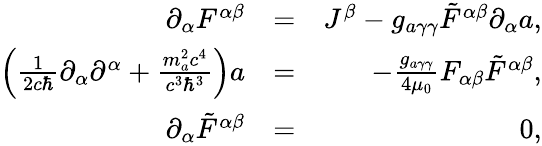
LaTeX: \begin{array}{rlr}{\partial_{\alpha}F^{\alpha\beta}}&{=}&{J^{\beta}-g_{a\gamma\gamma}\tilde{F}^{\alpha\beta}\partial_{\alpha}a,}\\ {\left(\frac{1}{2c\hbar}\partial_{\alpha}\partial^{\alpha}+\frac{m_{a}^{2}c^{4}}{c^{3}\hbar^{3}}\right)a}&{=}&{-\frac{g_{a\gamma\gamma}}{4\mu_{0}}F_{\alpha\beta}\tilde{F}^{\alpha\beta},}\\ {\partial_{\alpha}\tilde{F}^{\alpha\beta}}&{=}&{0,}\end{array}